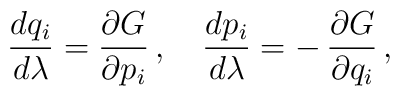
{dq_i\over d\lambda} ={\partial G\over\partial p_i}\, , \quad{dp_i\over d\lambda} =-\, {\partial G\over\partial q_i}\, ,